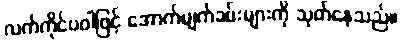
လက်ကိုင်ပဝါဖြင့် အောက်မျက်ခမ်းများကို သုတ်နေသည်။